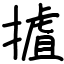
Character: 摣